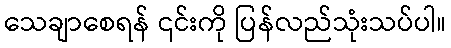
သေချာစေရန် ၎င်းကို ပြန်လည်သုံးသပ်ပါ။